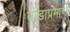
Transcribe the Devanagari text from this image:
बोंडाप्रमाणे